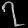
Digit: ၇